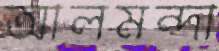
আলমন্দা